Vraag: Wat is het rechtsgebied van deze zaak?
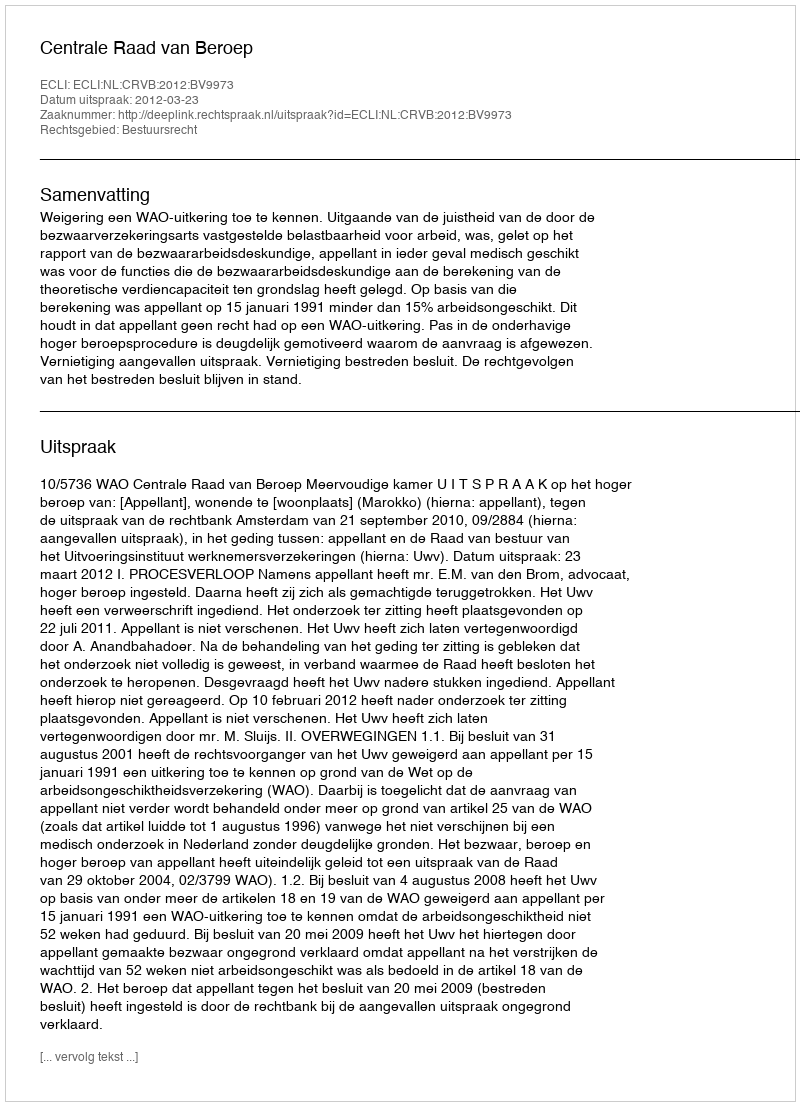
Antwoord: Bestuursrecht